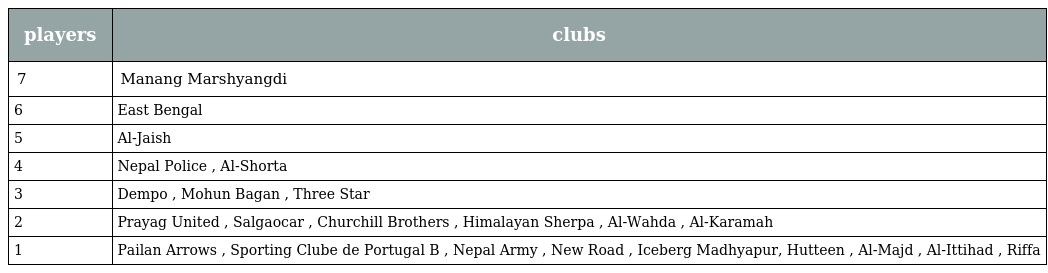
| players | clubs |
 | --- | --- |
 | 7 | Manang Marshyangdi |
 | 6 | East Bengal |
 | 5 | Al-Jaish |
 | 4 | Nepal Police , Al-Shorta |
 | 3 | Dempo , Mohun Bagan , Three Star |
 | 2 | Prayag United , Salgaocar , Churchill Brothers , Himalayan Sherpa , Al-Wahda , Al-Karamah |
 | 1 | Pailan Arrows , Sporting Clube de Portugal B , Nepal Army , New Road , Iceberg Madhyapur, Hutteen , Al-Majd , Al-Ittihad , Riffa |